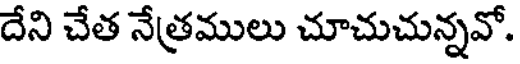
దేని చేత నేత్రములు చూచుచున్నవో.